Calcutta medical institutions reports 1871-78
Year: 1871
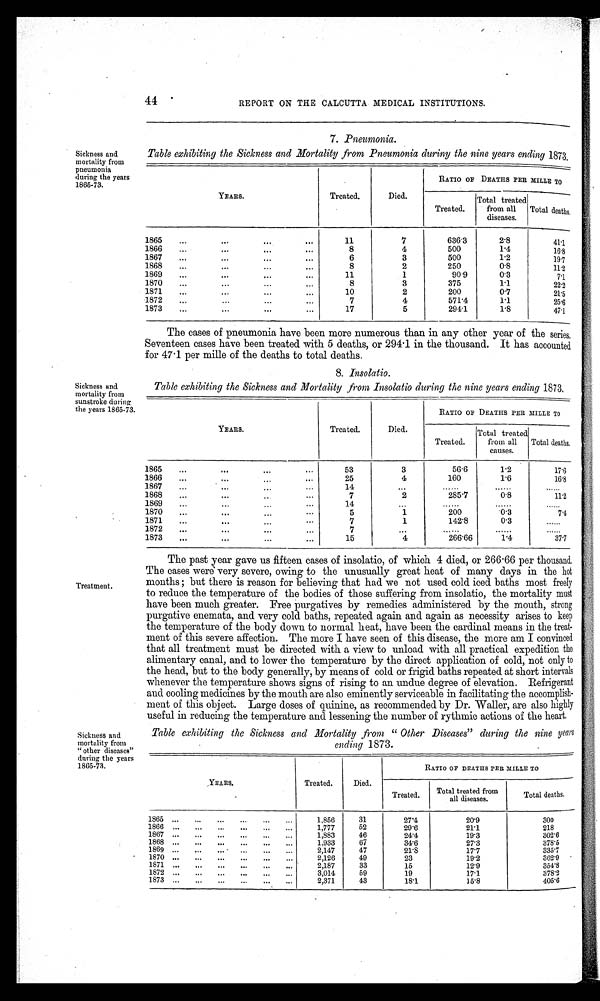
44
REPORT ON THE CALCUTTA MEDICAL INSTITUTIONS.
Sickness and
mortality from
pneumonia
during the years
1865-73.
7. Pneumonia.
Table exhibiting the Sickness and Mortality from Pneumonia duriny the nine years ending 1873.
YEARS.
Treated.
Died.
RATIO OF DEATHS PER MILLE TO
Treated.
Total treated
from all
diseases.
Total deaths.
1865
11
7
636·3
2·8
41·1
1866
8
4
500
1·4
16·8
1867
6
3
500
1·2
19·7
1868
8
2
250
0·8
11·2
1869
11
1
90·9
0·3
7·1
1870
8
3
375
1·1
22·2
1871
10
2
200
0·7
21·5
1872
7
4
571·4
1·1
25·6
1873
17
5
294·1
1·8
47·1
Sickness and
mortality from
sunstroke during
the years 1865·73.
Treatment.
Sickness and
mortality from
"other diseases"
during the years
1865-73.
The cases of pneumonia have been more numerous than in any other year of the series,
Seventeen cases have been treated with 5 deaths, or 294·1 in the thousand. It has accounted
for 47·1 per mile of the deaths to total deaths.
8. Insolatio.
Table exhibiting the Sickness and Mortality from Insolatio during the nine years ending 1873.
YEARS.
Treated.
Died.
RATIO OF DEATHS PER MILLE TO
Treated.
Total treated
from all
causes.
Total deaths.
1865
53
3
56·6
1·2
17·6
1866
25
4
160
1·6
16·8
1867
14
...
. . . . . .
. . . . . .
. . . . . . .
1868
7
2
285·7
0·8
11·2
1869
14
...
. . . . . .
. . . . . .
. . . . . .
1870
5
1
200
0·3
7 · 4
1871
7
1
142·8
0·3
. . . . . . .
1872
7
. . .
. . . . . .
. . . . . .
. . . . . .
1873
15
4
266·66
1·4
37·7
The past year gave us fifteen cases of insolatio, of which 4 died, or 266 . 66 per thousand.
The cases were very severe, owing to the unusually great heat of many days in the hot
months but there is reason for believing that had we not used cold iced baths most freely
to reduce the temperature of the bodies of those suffering from insolatio, the mortality must
have been much greater. Free purgatives by remedies administered by the mouth, strong
purgative enemata, and very cold baths, repeated again and again as necessity arises to keep
the temperature of the body down to normal heat, have been the cardinal means in the treat
-
ment of this severe affection. The more I have seen of this disease, the more am I convinced
that all treatment must be directed with a view to unload with all practical expedition the
alimentary canal, and to lower the temperature by the direct application of cold, not only to
the head, but to the body generally, by means of cold or frigid baths repeated at short intervals
whenever the temperature shows signs of rising to an undue degree of elevation. Refrigerant
and cooling medicines by the mouth are also eminently serviceable in facilitating the accomplish
-
ment of this object. Large doses of quinine, as recommended by Dr. Waller, are also highly
useful in reducing the temperature and lessening the number of rythmic actions of the heart.
Table exhibiting the Sickness and Mortality from "Other Diseases" during the nine years
ending 1873.
YEARS.
Treated.
Died.
RATIO OF DEATHS PER MILLE TO
Treated.
Total treated from
all diseases.
Total deaths.
1865
1,856
31
27·4
20·9
300
1866
1,777
52
29·6
21·1
218
1867
1,883
46
24·4
19·3
302·6
1868
1.933
67
34·6
27·3
378·5
1869
2,147
47
21·8
17·7
335·7
1870
2,126
49
23
19·2
362·9
1871
2,187
33
15
12·9
354·8
1872
3,014
59
19
1 7 · 1
378·2
1873
2,371
43
18·1
15·8
405·6